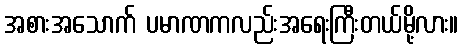
အစားအသောက် ပမာဏကလည်းအရေးကြီးတယ်မို့လား။